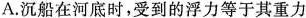
A.沉船在河底时，受到的浮力等于其重力